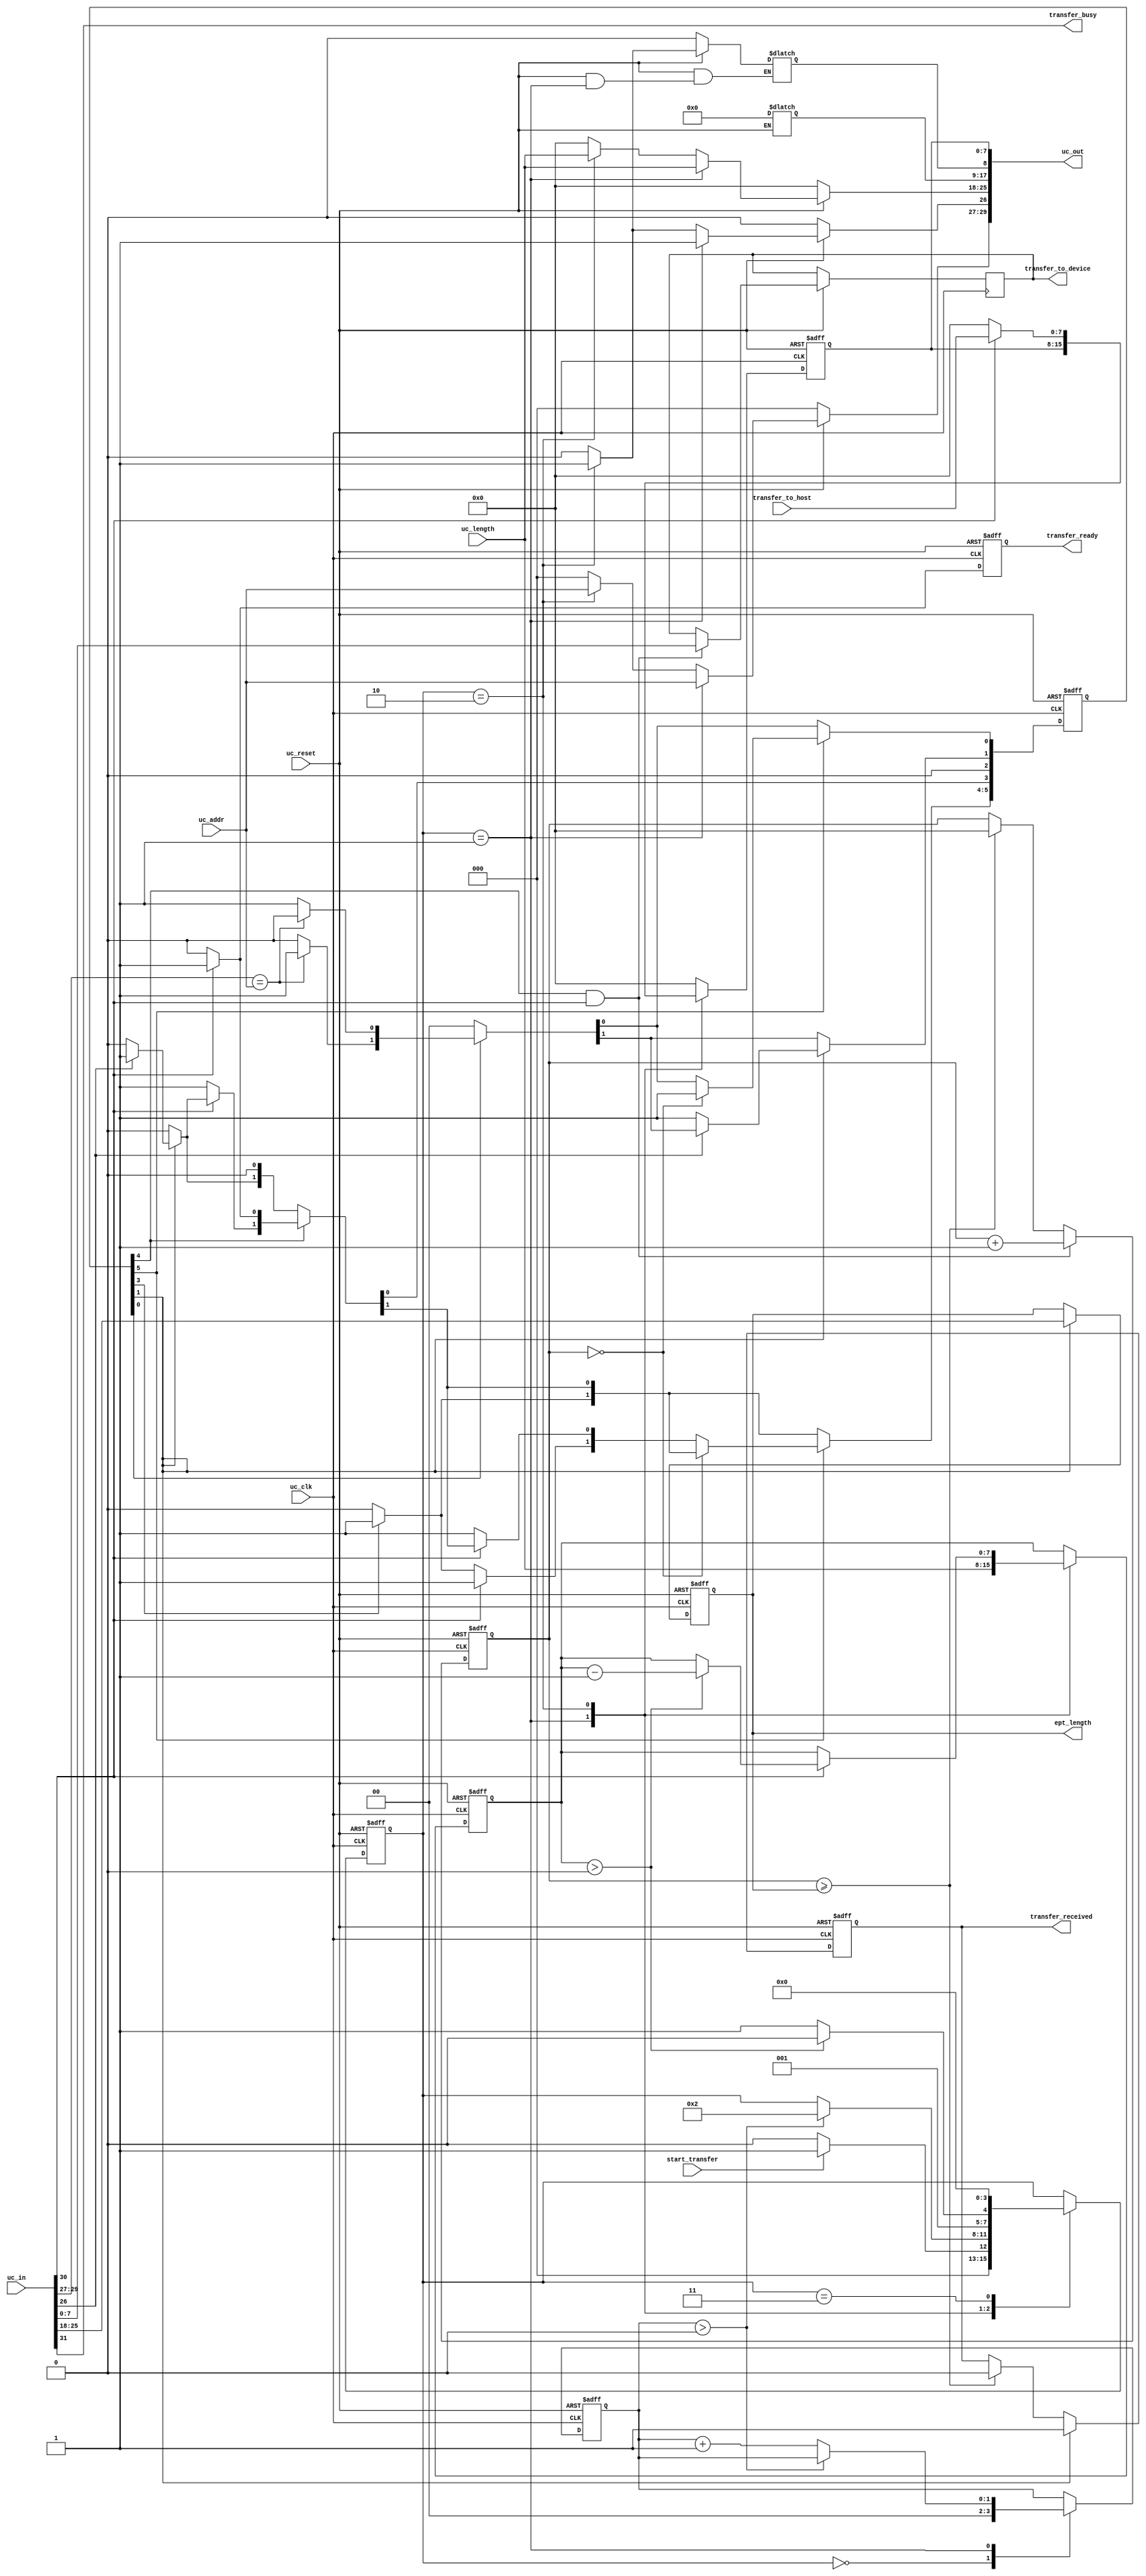
module active_block (
	input  wire         uc_clk,
	input  wire         uc_reset,
	input  wire [31:0]  uc_in,
	output reg  [29:0]  uc_out,

	input  wire         start_transfer,
	output reg          transfer_received,
	
	output reg          transfer_ready,
	output wire         transfer_busy,
	
	output reg   [7:0]    ept_length,

	input  wire  [2:0]  uc_addr,
	input  wire  [7:0]    uc_length,

	input  wire  [7:0]      transfer_to_host,
	output reg   [7:0]    transfer_to_device//,
	
	);

   //-----------------------------------------------
   // Parameters
   //-----------------------------------------------
   //Block Out State Machine
   parameter   IDLE                    = 0,
			    SEND_COMMAND           = 1,
			    TRANSFER_BYTE          = 2,
			    END_TRANSFER           = 3;
				
	//Block In State Machine
	parameter IN_IDLE                   = 0,
			IN_READ_CMD                 = 1,
			IN_READ_LENGTH              = 2,
			IN_CHECK_COUNT              = 3,
			IN_READ_BYTE                = 4,
            IN_DELAY                    = 5;

   //-----------------------------------------------
   // Internal Signals
   //-----------------------------------------------
	reg 	[5:0]                        state_in, next_in;
   
   // Tranfer to Device registers
	reg  [7:0]                 transfer_received_count;
	
	//State Machine registers
	reg [3:0]                  block_transfer_state;
	reg [7:0]                  data_count;
	reg [1:0]                  block_transfer_state_counter;

`ifdef SIM
   reg [8*26:1] state_name;
`endif
	
   //-----------------------------------------------
   // Assignments
   //-----------------------------------------------
   assign transfer_ready_uc_in = uc_in[30];
   assign transfer_busy = uc_in[31];


   //-----------------------------------------------
   // transfer_ready 
   //-----------------------------------------------
    always @(posedge uc_clk or negedge uc_reset) 
	begin
	  if (!uc_reset)
      begin
		     transfer_ready <= 1'b0;
      end 
     else 
     begin
		if(uc_in[30])
             transfer_ready <= 1'b1;
		else
		    transfer_ready <= 1'b0;
	 end
	end
	
   //-----------------------------------------------
   // Block Transfer In  ept_length 
   //-----------------------------------------------
    always @(posedge uc_clk or negedge uc_reset) 
	begin
	  if (!uc_reset)
      begin
		     ept_length <= 0;
      end 
     else 
     begin
		if(state_in[IN_READ_CMD])
             ept_length <= uc_in[25:18];
		else
		    ept_length <= ept_length;
	 end
	end
	
   //-----------------------------------------------
   // Block Transfer In  transfer_received 
   //-----------------------------------------------
    always @(posedge uc_clk or negedge uc_reset) 
	begin
	  if (!uc_reset)
      begin
		     transfer_received <= 1'b0;
      end 
     else 
     begin
		if(state_in[IN_READ_CMD])
             transfer_received <= 1'b1;
		//else if(state_in[IN_IDLE])
		else if(transfer_received_count >= ept_length)
		    transfer_received <= 1'b0;
	 end
	end
	
   //-----------------------------------------------
   // Block Transfer In  transfer_received_counter
   //-----------------------------------------------
    always @(posedge uc_clk or negedge uc_reset) 
	begin
	     if (!uc_reset)
		 begin
		     transfer_received_count <= 0;
	     end 
		 else 
		 begin
             if(state_in[IN_READ_BYTE] & transfer_ready_uc_in)	
             begin
		         transfer_received_count <= transfer_received_count + 1'b1;
			     transfer_to_device = uc_in[7:0];
			 end
		     else if(transfer_received_count >= ept_length)
			 begin
		         transfer_received_count <= 0;
			 end
	     end
    end

   
   //-----------------------------------------------
   // Block Transfer In, Finite State Machine
/*	parameter IN_IDLE                   = 0,
			IN_READ_CMD                 = 1,
			IN_READ_LENGTH              = 2,
			IN_CHECK_COUNT              = 3,
			IN_READ_BYTE                = 4,
			IN_DELAY                    = 5;
*/
   //-----------------------------------------------
   // Next State Logic
   always @(posedge uc_clk or negedge uc_reset)
     begin
		if (!uc_reset)
		begin
			state_in <= 6'h00;
			state_in[IN_IDLE] <= 1'b1;
		end
		else
			state_in <= next_in;
	end

     // State Definitions
   always @ ( state_in or uc_in or transfer_ready_uc_in or transfer_received_count or
             ept_length or uc_addr)
     begin
	next_in = 6'h00;

	if (state_in[IN_IDLE])
	  begin
	     if (uc_in[29:27] == uc_addr)
	       next_in[IN_READ_CMD] = 1'b1;
         else		 
	       next_in[IN_IDLE] = 1'b1;
	  end

	
	if (state_in[IN_READ_CMD])
	  begin
		if (uc_in[26] == 1'b1)
			next_in[IN_READ_BYTE] = 1'b1;
		else 
			next_in[IN_READ_CMD] = 1'b1;
	  end

/*	if ( state_in[IN_READ_LENGTH] )
	begin
			next_in[IN_CHECK_COUNT] = 1'b1;	
	end
*/
	if ( state_in[IN_READ_BYTE] )
	begin
		if ( transfer_ready_uc_in )
		begin
			 next_in[IN_CHECK_COUNT] = 1'b1;	
 		end
		else
	       next_in[IN_READ_BYTE] = 1'b1;
	end

	if ( state_in[IN_CHECK_COUNT] )
	begin
	     //if(transfer_received_count < (ept_length + 3))
		//begin
		//	 next_in[IN_READ_BYTE] = 1'b1;	
 		//end
		//else
	       next_in[IN_DELAY] = 1'b1;
	end

	if (state_in[IN_DELAY])
	begin
         if (transfer_received_count == 0)
	       next_in[IN_IDLE] = 1'b1;
		else if(!transfer_ready_uc_in)
	       next_in[IN_READ_BYTE] = 1'b1;
		else
		   next_in[IN_DELAY] = 1'b1; 
	end


	`ifdef SIM
	   if ( state_in == ( 1 << IN_IDLE ))
		   state_name = "IN_IDLE";
	   else if ( state_in == ( 1 << IN_READ_CMD ))
		   state_name = "IN_READ_CMD";
	   else if ( state_in == ( 1 << IN_READ_LENGTH ))
		   state_name = "IN_READ_LENGTH";
	   else if ( state_in == ( 1 << IN_CHECK_COUNT ))
		   state_name = "IN_CHECK_COUNT";
	   else if ( state_in == ( 1 << IN_READ_BYTE ))
		   state_name = "IN_READ_BYTE";
	   else if ( state_in == ( 1 << IN_DELAY ))
		   state_name = "IN_DELAY";
`endif

	end//end of state_in machine

   //-----------------------------------------------
   // Block Transfer to Host UC_OUT Vector stuffing 
   //-----------------------------------------------
    always @(block_transfer_state or uc_addr or uc_length or uc_reset) 
	begin
	     if (!uc_reset)
		 begin
             uc_out[29:27]    = 0;                 //EndTerm Address
             uc_out[26]       = 1'b0;              //Block Command
             uc_out[25:18]    = 0;                 //Block Length Byte
   	         uc_out[17]       = 1'b0;              //Transfer Command
   	         uc_out[16:9]     = 8'h0;              //Transfer  Byte
   	         uc_out[8]        = 1'b0;              //Trigger Command
		 end
	     else if(block_transfer_state == SEND_COMMAND)
		 begin
             uc_out[26]       = 1'b1;
             uc_out[29:27]    = uc_addr;
             uc_out[25:18]    = uc_length;
		 end
		 else if(block_transfer_state == TRANSFER_BYTE)
		 begin
             uc_out[26]       = 1'b1;
             uc_out[8]        = 1'b1;
             uc_out[29:27]    = uc_addr;
             uc_out[25:18]    = uc_length;
		 end
		 else 
		 begin
             uc_out[26]       = 1'b0;
   	         uc_out[8]        = 1'b0;              
             uc_out[29:27]    = 0;
             uc_out[25:18]    = 0;
		 end
	end

   //-----------------------------------------------
   // Block Transfer to Host Byte Transfer 
   //-----------------------------------------------
    always @(posedge uc_clk or negedge uc_reset) 
	begin
	  if (!uc_reset)
	  begin
             uc_out[7:0]    <= 0;
		     data_count <= 0;
	  end 
	  else
	  begin
		 case(block_transfer_state) 
		     SEND_COMMAND :
		          data_count <= uc_length;
		     TRANSFER_BYTE :
		     begin
             	 if(uc_in[30] )
                 begin			 
                     uc_out[7:0]    <= transfer_to_host;
				     if(data_count > 0)
		                 data_count <= data_count - 1'd1;
			     end
		         else
			     begin
                     uc_out[7:0]    <= 0;
			     end
			
	         end
			 default: 
			 begin
                uc_out[7:0]    <= 0;
		     end
		 endcase
	  end
    end

   //-----------------------------------------------
   // Block Transfer to Host State Machine 
   //-----------------------------------------------
    always @(posedge uc_clk or negedge uc_reset) 
	begin
	     if (!uc_reset)
		 begin
             block_transfer_state <= IDLE;
			 block_transfer_state_counter <= 0;
	     end 
		 else 
		 begin
		     case(block_transfer_state)
			 IDLE:
			 begin
			     block_transfer_state_counter <= 0;
                 if(start_transfer)
		             block_transfer_state <= SEND_COMMAND;
		         else
		             block_transfer_state <= IDLE;
			 end
			 SEND_COMMAND:
			 begin
			     if(block_transfer_state_counter > 2'h0)
		             block_transfer_state <= TRANSFER_BYTE;
				 else
				     block_transfer_state_counter <= block_transfer_state_counter + 1'd1;
			 end
			 TRANSFER_BYTE:
			 begin
                 if(data_count > 0)		 
		             block_transfer_state <= TRANSFER_BYTE;
		         else
		             block_transfer_state <= END_TRANSFER;
			 end
			 END_TRANSFER:
			 begin
		         block_transfer_state <= IDLE;
			 end
			 endcase
	     end
    end



endmodule